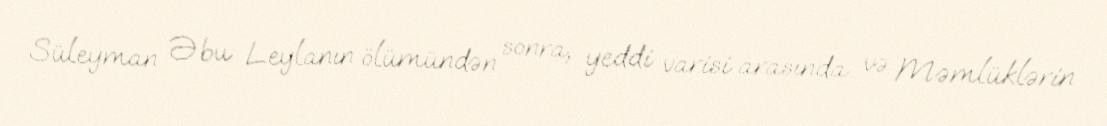
Süleyman Əbu Leylanın ölümündən sonra, yeddi varisi arasında və Məmlüklərin